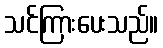
သင်ကြားပေးသည်။